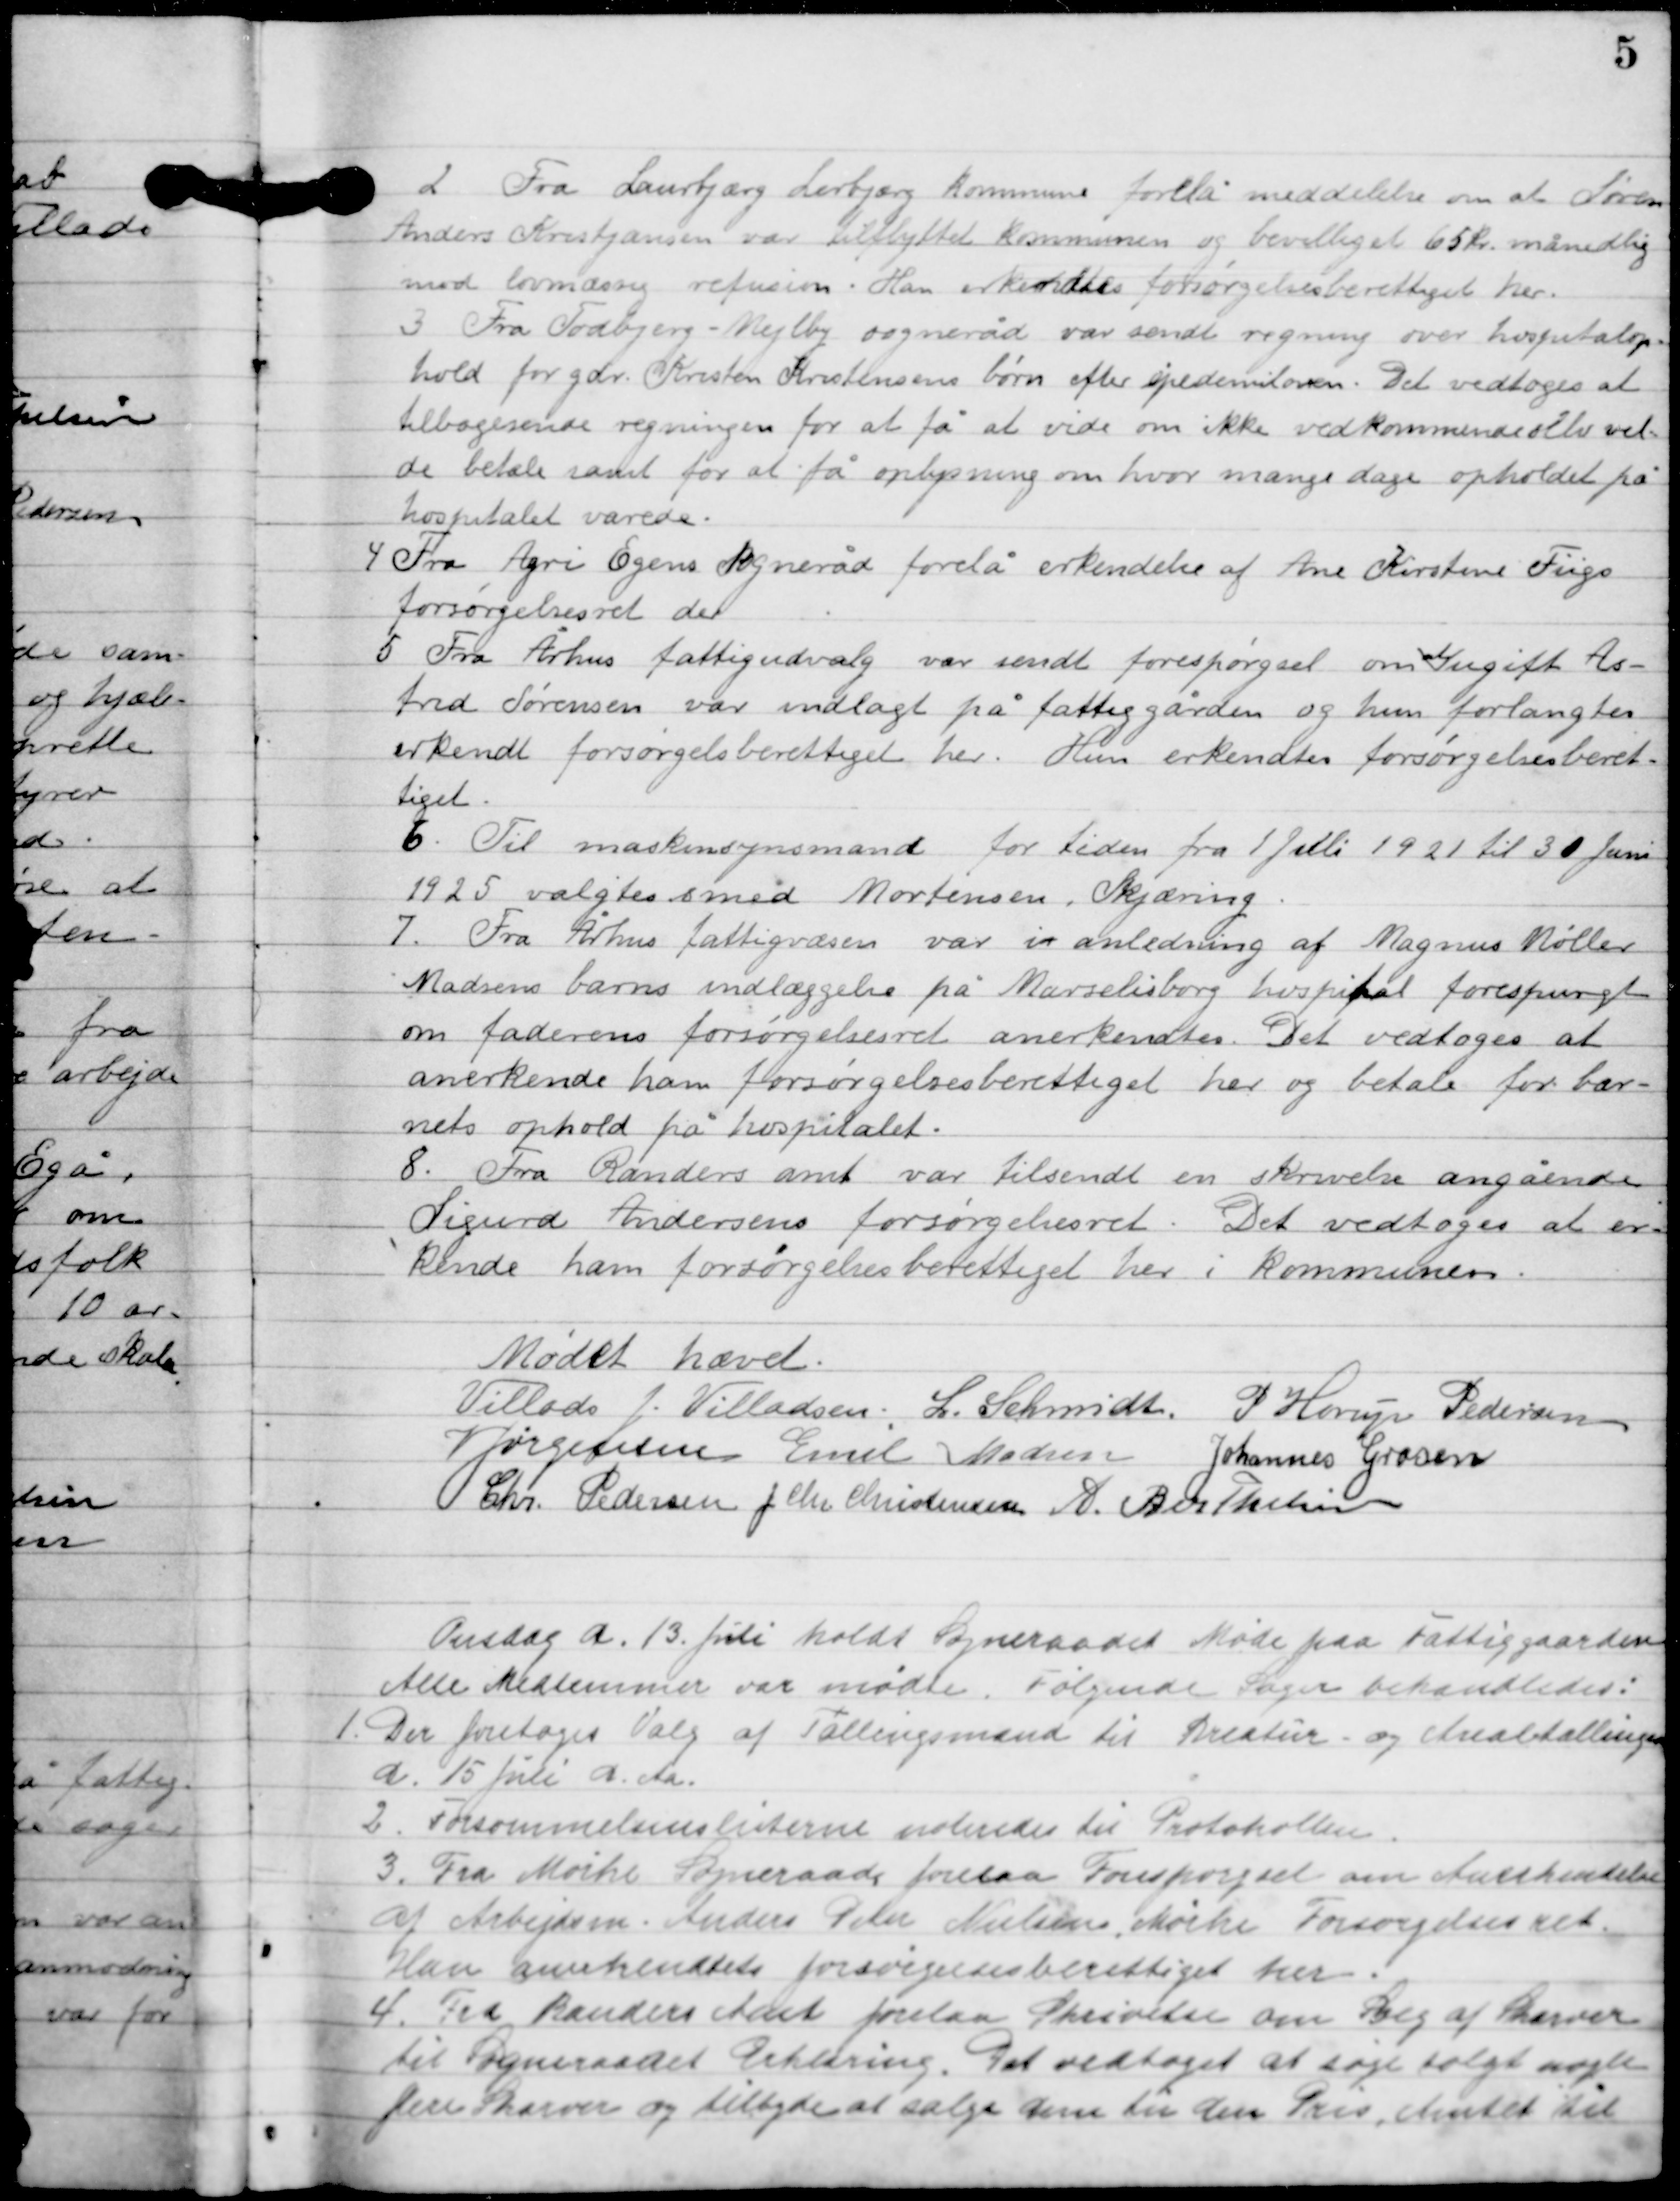
Transskription:
2

Fra Laurbjerg Lerbjerg kommune forelå meddelelse om at Søren
Andersens Kristjansen var tilflyttet Kommunen og bevilget 65 kr. månelig
mod lovmæssig refusion i ham erkendtes forsørgelsesberettiget her.

3

Fra Todbjerg-Mejlby sogneråd var sendt regning over hospitals op-
hold for gdr. Kristen Kristensens børn efter ejendomsloven. Det vedtoges at
tilbagesende regningen for at få at vide om ikke vedkommende vil-
de betale samt for at få oplysning om hvor mange dage opholdet på
hospitalet varede.

4

Fra Agri Egens sogneråd forelå erkendelse af ane Kirstine Fuges
forsørgelsesret der.

5

Fra Århus fattigudvalg var sendt forespørgsel om de udgift As-
trid Sørensen var indlagt på fattiggården og hun forlangtes
erkendt forsørgelsesberettiget her. Hun erkendtes forsørgelsesberet-
tiget.

6

Til maskinsynsmand for tiden fra 1 Juli 1921 til 30 juni
1925 valgtes smed Mortensen, Skæring.

7

Fra Århus fattigvæsen var i anledning af Magnus Møller
Madsens barns indlæggelse på Marselisborg hospital forespurgte
om faderens forøgelsesret anerkendes. Det vedtoges at
anerkende ham forsørgelsesberettiget her og betale for bar-
net ophold på hospitalet.

8

Fra Randers amt var tilsendt en skrivelse angående
Sigurd Andersen forøgelsesret. Det vedtoges at er-
kende ham forsørgelsesberettiget her i Kommunen.

Mødet hævet.

Villads J. Villadsen
L. Schmidt
P. Henry Pedersen
V. Jørgensen
Emil Madsen
Johannes Grosen
Chr. Pedersen
J. Chr. Christensen
A. Berthelsen

Onsdag D. 13. Juli holdt sognerådet måde på fattiggården.
Alle medlemmer var mødte. Følgende sager behandles.

1

Der foretoges Valg af Tællingsmænd til kreatur og Arealbetaling
d. 15. Juli d. Aa.

2

Forsømmelseslisterne noteredes til Protokollen.

3

Fra Mørke Sogneråd forelå Forespørgsel om anerkendelse
af arbejdsm. Anders Peder Nielsen, Mørke forsørgelsesret.
Han anerkendtes forsørgelsesberettiget her.

4

Fra Randers amt forelaa skrivelse om salg af skærver
til sognerådets erklæring. Det vedtoges at søge solgt nogle
flere skærver og tilbyder at sælge dem til den Pris, Amtet til